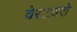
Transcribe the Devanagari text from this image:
वेस्टबरो